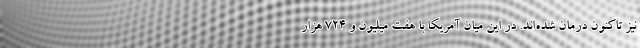
نیز تاکنون درمان شده‌اند. در این میان آمریکا با هفت میلیون و ۷۲۴ هزار